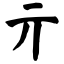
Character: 亓